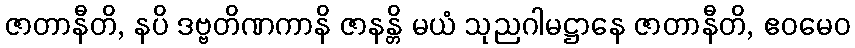
ဇာတာနီတိ, နပိ ဒဗ္ဗတိဏကာနိ ဇာနန္တိ မယံ သုညဂါမဋ္ဌာနေ ဇာတာနီတိ, ဧဝမေဝ